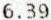
6.39